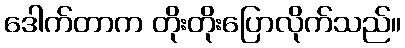
ဒေါက်တာက တိုးတိုးပြောလိုက်သည်။